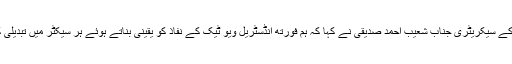
آئی ٹی اینڈ ٹیلی کام کے سیکریٹری جناب شعیب احمد صدیقی نے کہا کہ ہم فورتھ انڈسٹریل ویو ٹیک کے نفاذ کو یقینی بناتے ہوئے ہر سیکٹر میں تبدیلی کیلئے کمر بستہ ہیں۔